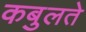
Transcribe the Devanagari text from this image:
कबुलते